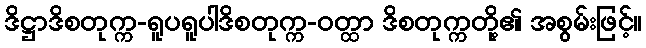
ဒိဋ္ဌာဒိစတုက္က-ရူပရူပါဒိစတုက္က-ဝတ္ထာ ဒိစတုက္ကတို့၏ အစွမ်းဖြင့်။